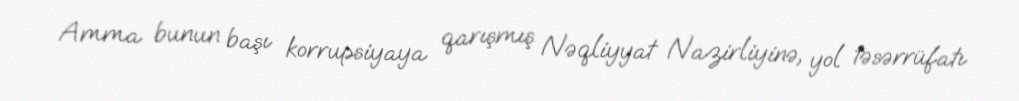
Amma bunun başı korrupsiyaya qarışmış Nəqliyyat Nazirliyinə, yol təsərrüfatı